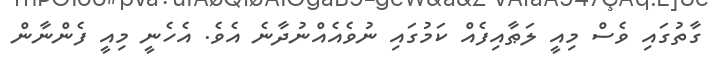
ގާތުގައި ވެސް މިއީ ލަޠާއިފެއް ކަމުގައި ނުވެއެއްނުދާނެ އެވެ. އެހެނީ މިއީ ފެންނާން